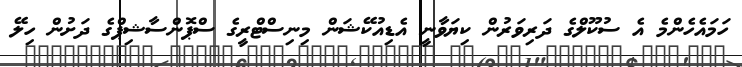
ހަމައެހެންމެ އެ ސުކޫލްގެ ދަރިވަރުން ކިޔަވާނީ އެޑިއުކޭޝަން މިނިސްޓްރީގެ ސްޕޮންސާޝިޕްގެ ދަށުން ހިލޭ